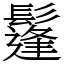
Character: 鬔